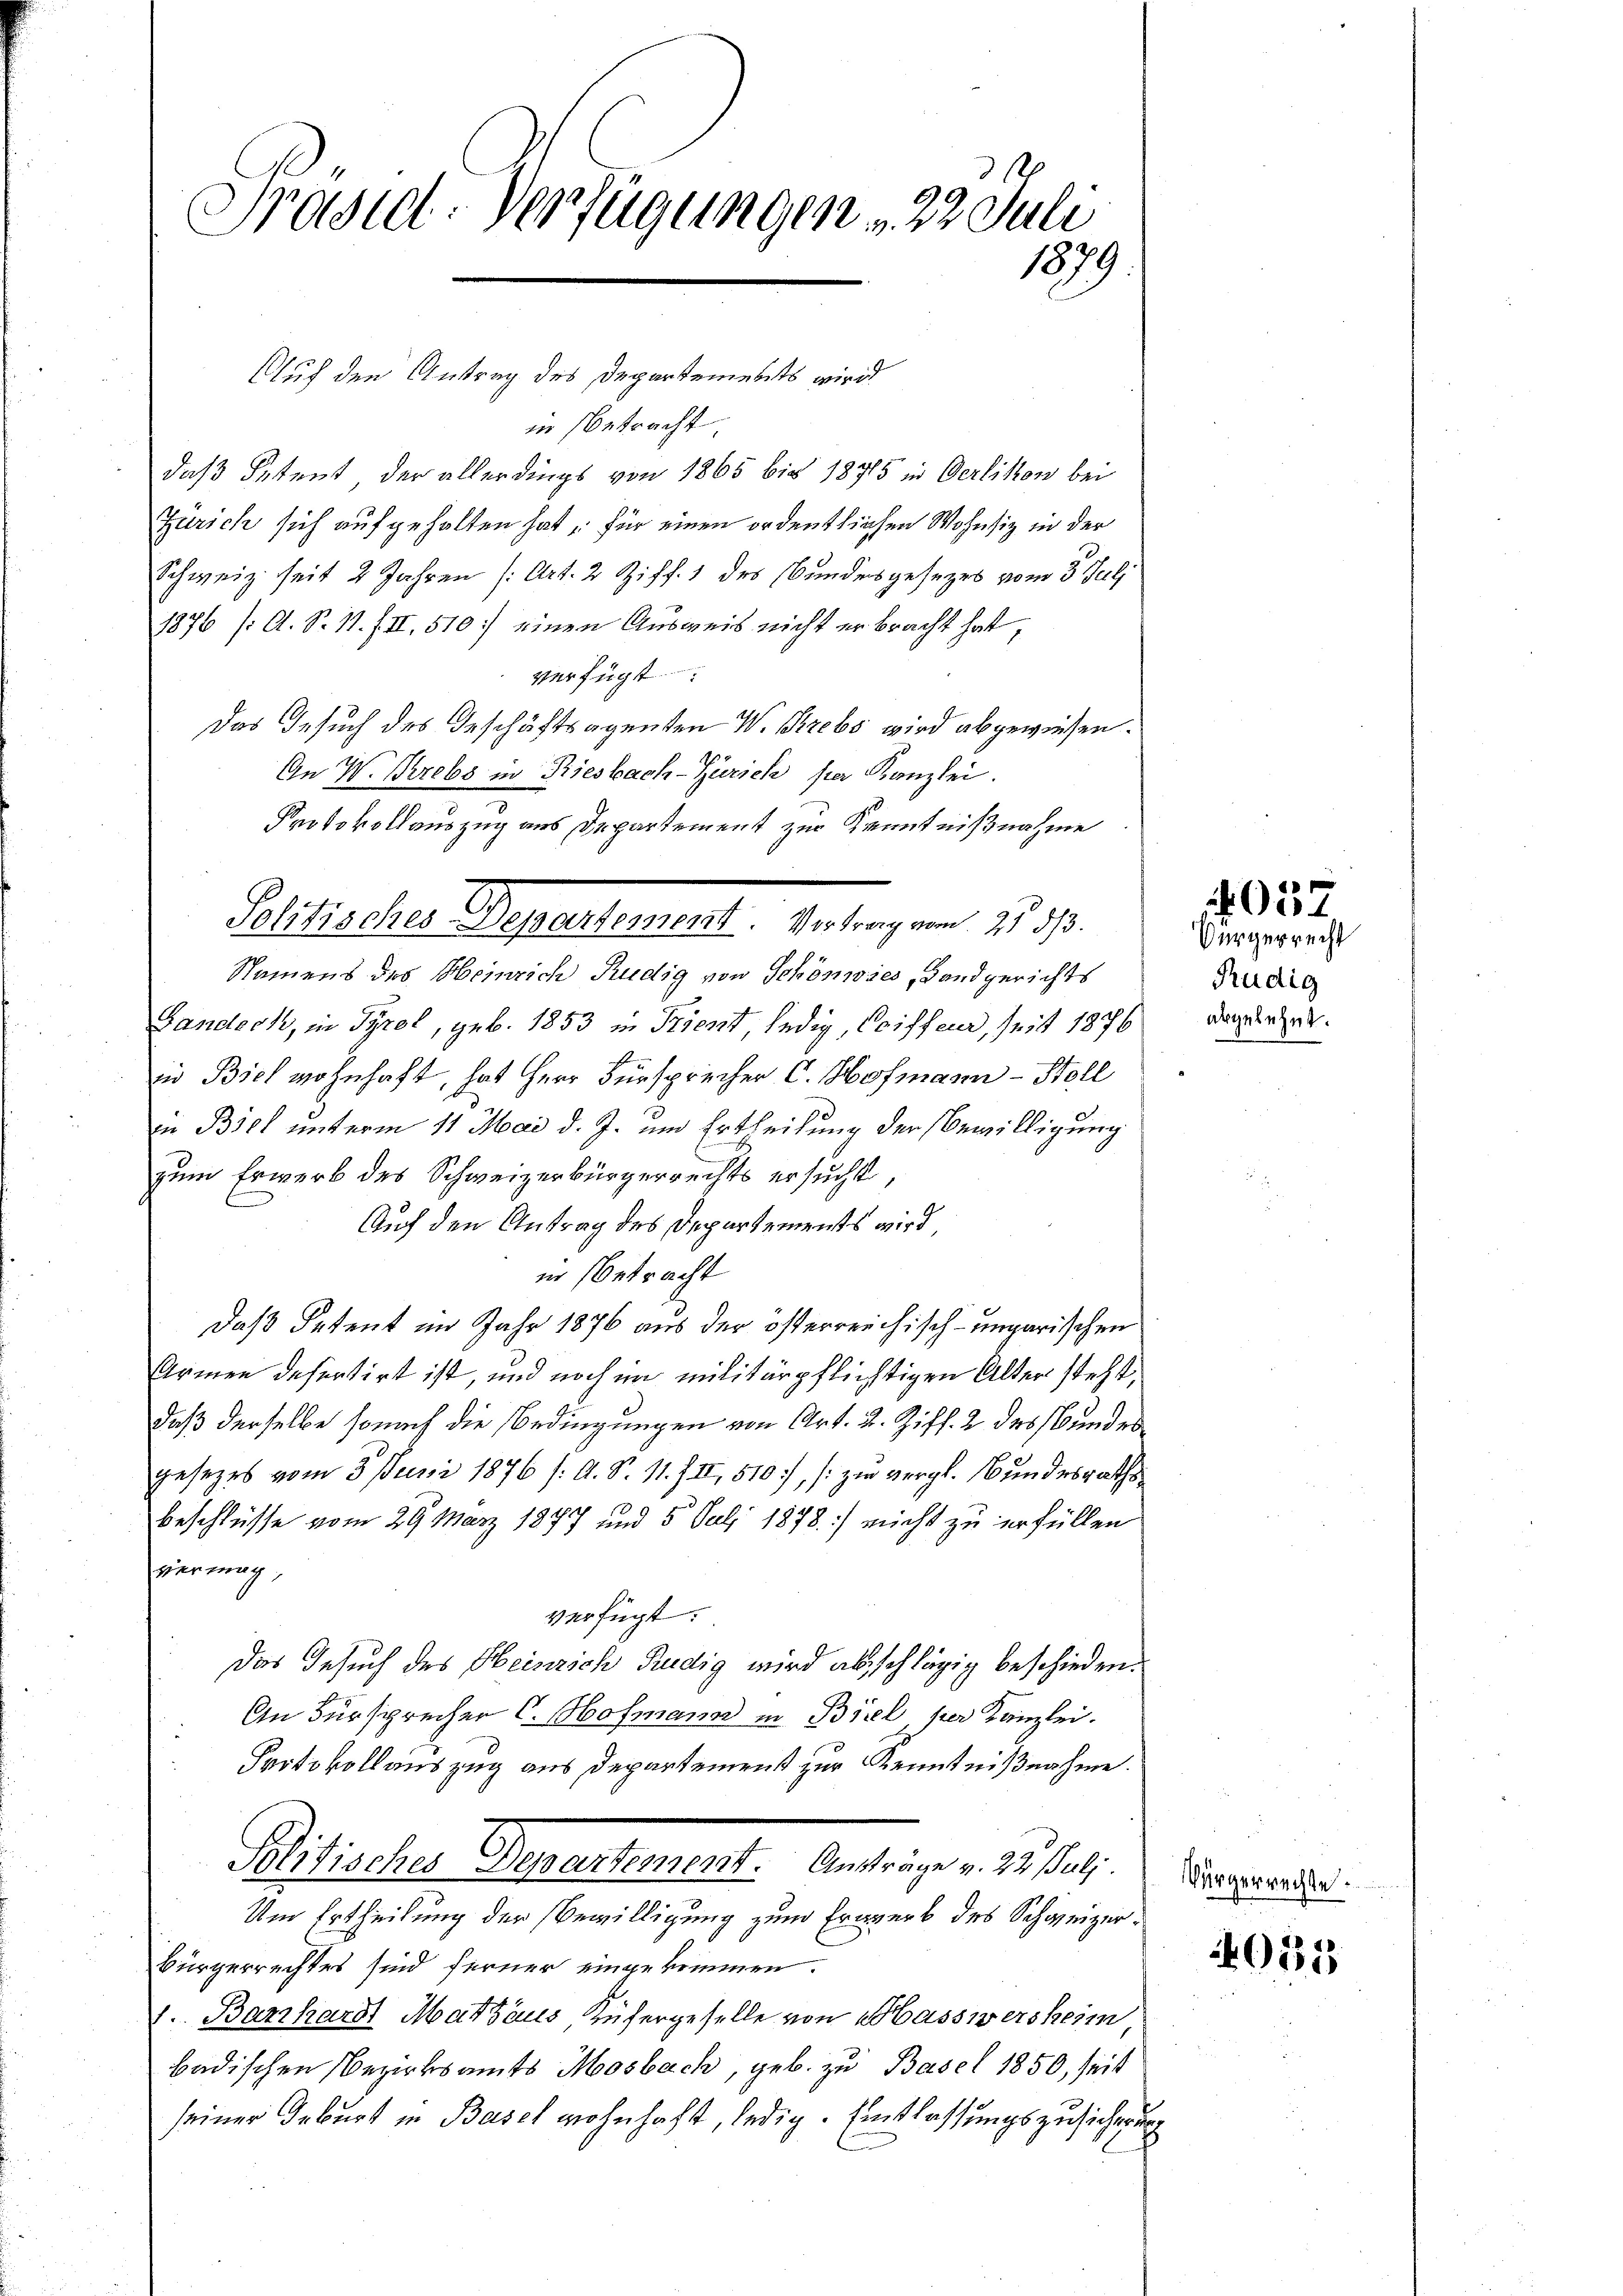
Präsid. Verfügungen 22. Juli
1879

in Betracht
daß Petent der allerdings von 1865 bis 1875 in Oerlikon bei
Zürich sich aufgehalten hat, für einen ordentlichen Wohnsiz in der
Schweiz seit 2 Jahren /: Art. 2 Ziff. 1 des Bundesgesezes vom 3. Jul.
1876 /: A. S. 11. III, 510: einen Ausweis nicht er bracht hat,
verfügt:
Das Gesuch des Geschäftsagenten W. Krebs wird abgewiesen.
An W. Krebs in Riesbach-Zürich per Kanzlei.
Protokollauszug aus Departement zur Kenntnißnahme

Auf den Antrag des Departements wird

Pellieder Separtementl. Antrag von 1817.

Namens des Heinrich Rudig von Schönwies, Landgerichts
Gandeck, in Tyrol, geb. 1853 in Trient, ledig, Coiffeur, seit 1876
in Biel wohnhaft, hat Herr Fürsprecher C. Hofmann - Stoll
in Biel unterm 11. Mai d. J. um Ertheilung der Bewilligung
zum Erwerb des Schweizerbürgerrechts ersucht,
Auf den Antrag des Departements wird,
in betracht
Daß Petent im Jahr 1876 aus der österreichisch-ungarischen
Armen defertirt ist, und noch im militärpflichtigen Alter steht,
daß derselbe sonach die Bedingungen von Art. 2. Ziff. 2 des Bundes
gesezes vom 3. Juni 1876 /: A. S. 11. III, 510), (zu vergl. Bundesraths
beschlüsse vom 29. März 1877 und 5 Juli 1878.) nicht zu erfüllen
vermag,
verfügt:
Das Gesuch des Heinrich Rudig wird abschlägig beschieden.
An Fürsprecher C. Hofmann in Biel per Kanzlei.
Protokollauszug aus Departement zur Kenntnißnahme.
Plitischer Generstement. Antrage v. M. dat.
Um Ertheilung der Bewilligung zum Erwerb des Schweizer¬
Bürgerrechtes sind ferner eingekommen.
1. Barthardt Mattaus Zufergeselle von Mass wersheim
badischen Bezirksamts Mosbach, geb. zu Basel 1850, seit
seiner Geburt in Basel wohnhaft, ledig. Entlassungszusicherung

Vürgerrecht
Rudig
abgelehnt.

4057

Bürgerrechte.

2035